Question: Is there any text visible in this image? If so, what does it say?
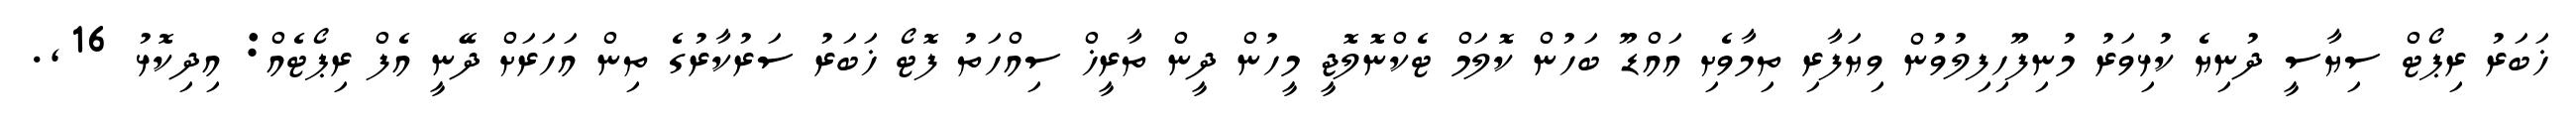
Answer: ޚަބަރު ރިޕޯޓް ސިޔާސީ ދުނިޔެ ކުޅިވަރު މުނިފޫހިފިލުވުން ވިޔަފާރި ތިމާވެށި އައްޑޫ ބަހުން ކޮލަމް ޓެކްނޮލޮޖީ މީހުން ދީން ތާރީޚް ސިއްހަތު ފޮޓޯ ޚަބަރު ސަރުކާރުގެ ތިން އަހަރަށް ދޭނީ އެފް ރިޕޯޓެއް: އިދިކޮޅު 16,.